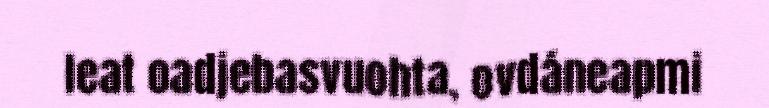
leat oadjebasvuohta, ovdáneapmi